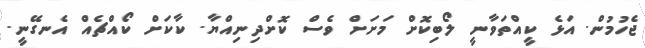
ޖެހުމުން. އަޅެ ކީއްތަވާނީ ލޯބިކޮށް މަށަށް ވެސް ކޮށްދިނިއްޔާ. ކާކަށް ކޯއްޗެއް އެނގޭނީ.